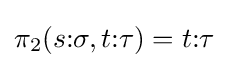
\pi _{2}(s{\mathbin {:}}\sigma ,t{\mathbin {:}}\tau )=t{\mathbin {:}}\tau